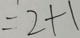
= 2 + 1